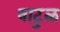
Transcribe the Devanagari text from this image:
वाटुळ